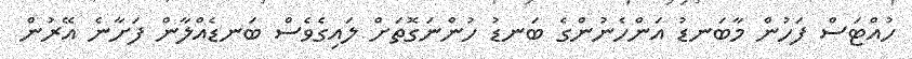
ހުއްޓަސް ފަހުން މާބަނޑު އަންހެނުންގެ ބަނޑު ހުންނަގޮތަށް ލައިގެވެސް ބަނޑެއްލާން ފަށާނެ އޭރުން